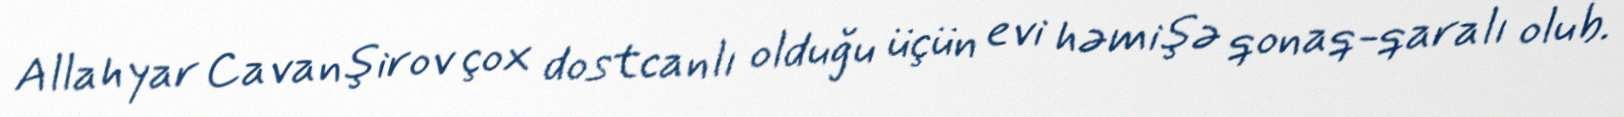
Allahyar Cavanşirov çox dostcanlı olduğu üçün evi həmişə qonaq-qaralı olub.